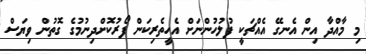
މި މާއްދާ އިން އެނގޭ އެއްޗަކީ ފުލުހުންނަށް އެހީތެރިކަން ފޯރުކޮށްދިނުމުގެ ގޮތުން ވިޔަސް